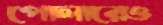
পোলারেও